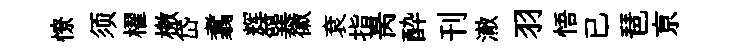
憭须櫂檄岱翥辉簨徽袞指昺酔刊澈羽悟已琶亰